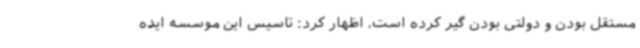
مستقل بودن و دولتی بودن گیر کرده است، اظهار کرد: تاسیس این موسسه ایده